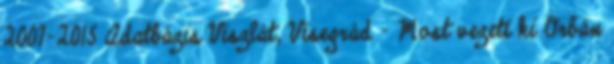
2007-2015 Adatbázis Viszlát, Visegrád – Most vezeti ki Orbán